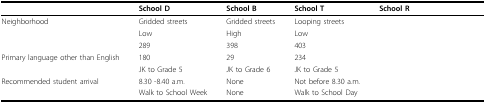
<table><thead><tr><td>[EMPTY_CELL]</td><td><b>School D</b></td><td><b>School B</b></td><td><b>School T</b></td><td><b>School R</b></td></tr></thead><tbody><tr><td>Neighborhood</td><td>Gridded streets</td><td>Gridded streets</td><td>Looping streets</td><td>[EMPTY_CELL]</td></tr><tr><td>[EMPTY_CELL]</td><td>Low</td><td>High</td><td>Low</td><td>[EMPTY_CELL]</td></tr><tr><td>[EMPTY_CELL]</td><td>289</td><td>398</td><td>403</td><td>[EMPTY_CELL]</td></tr><tr><td>Primary language other than English</td><td>180</td><td>29</td><td>234</td><td>[EMPTY_CELL]</td></tr><tr><td>[EMPTY_CELL]</td><td>JK to Grade 5</td><td>JK to Grade 6</td><td>JK to Grade 5</td><td>[EMPTY_CELL]</td></tr><tr><td>Recommended student arrival</td><td>8.30 -8.40 a.m.</td><td>None</td><td>Not before 8.30 a.m.</td><td>[EMPTY_CELL]</td></tr><tr><td>[EMPTY_CELL]</td><td>Walk to School Week</td><td>None</td><td>Walk to School Day</td><td>[EMPTY_CELL]</td></tr></tbody></table>